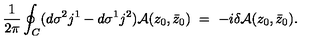
\frac { 1 } { 2 \pi } \oint _ { C } ( d \sigma ^ { 2 } j ^ { 1 } - d \sigma ^ { 1 } j ^ { 2 } ) { \cal A } ( z _ { 0 } , \bar { z } _ { 0 } ) \ = \ - i \delta { \cal A } ( z _ { 0 } , \bar { z } _ { 0 } ) .